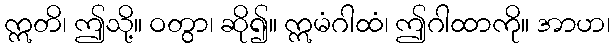
ဣတိ၊ ဤသို့။ ဝတွာ၊ ဆို၍။ ဣမံဂါထံ၊ ဤဂါထာကို။ အာဟ၊